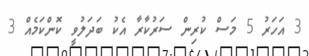
3 އަހަރު 5 މަސް ކުރިން ސަރުކާރާ އެކު ބަދަލުވީ ކޮންކަމެއް 3